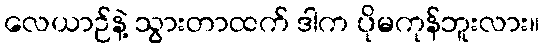
လေယာဉ်နဲ့ သွားတာထက် ဒါက ပိုမကုန်ဘူးလား။